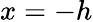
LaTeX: x=-h